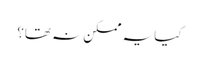
کیا یہ ممکن نہ تھا؟